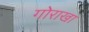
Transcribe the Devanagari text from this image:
गोराखा